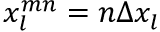
x _ { l } ^ { m n } = n \Delta x _ { l }